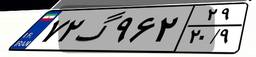
۱۰گ۲۲۴۴۲